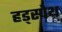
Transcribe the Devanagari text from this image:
हड्स्पेथ